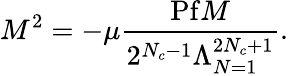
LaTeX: M^{2}=-\mu\frac{\mathrm{Pf}M}{2^{N_{c}-1}\Lambda_{N=1}^{2N_{c}+1}}.